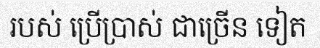
របស់ ប្រើប្រាស់ ជាច្រើន ទៀត